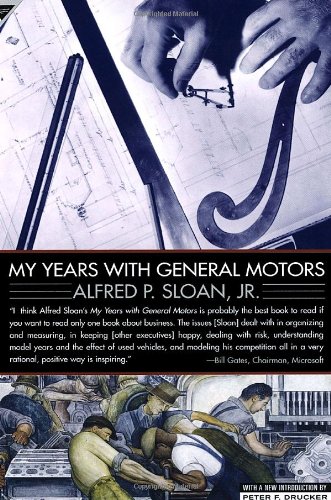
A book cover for My Years with General Motors; Alfred Sloan; Business & Money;